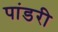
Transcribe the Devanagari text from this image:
पांडरी